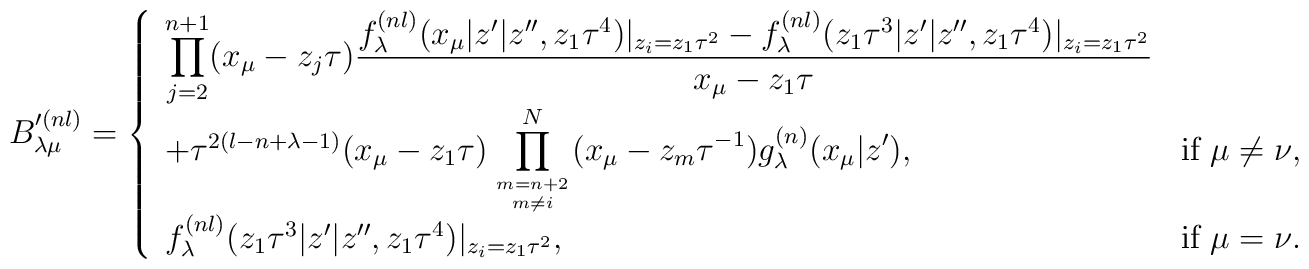
B'^{(n l)}_{\lambda \mu }=\left\{ \begin{array}{ll}\displaystyle\prod_{j=2}^{n+1} (x_{\mu }-z_j \tau )\frac{f_{\lambda }^{(n l)} (x_{\mu }|z'|z'',z_1 \tau ^4 )|_{z_i =z_1 \tau ^2 }-f_{\lambda }^{(n l)} (z_1\tau^3|z'|z'',z_1 \tau ^4 )|_{z_i =z_1 \tau ^2 }}{x_{\mu }-z_1 \tau }  & \\+\tau ^{2(l-n+\lambda -1)} (x_{\mu }-z_1 \tau )\displaystyle\prod_{m=n+2 \atop m \neq i}^{N}(x_{\mu }-z_{m} \tau ^{-1})g_{\lambda }^{(n)} (x_{\mu }|z' ), &\mbox{if $\mu \neq \nu $,} \\f_{\lambda }^{(n l)}(z_1 \tau ^3 |z'|z'',z_1 \tau ^4 )|_{z_i =z_1 \tau ^2 }, &\mbox{if $\mu =\nu $.}\end{array}\right.